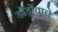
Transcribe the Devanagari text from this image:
डाँड़ोंवाले